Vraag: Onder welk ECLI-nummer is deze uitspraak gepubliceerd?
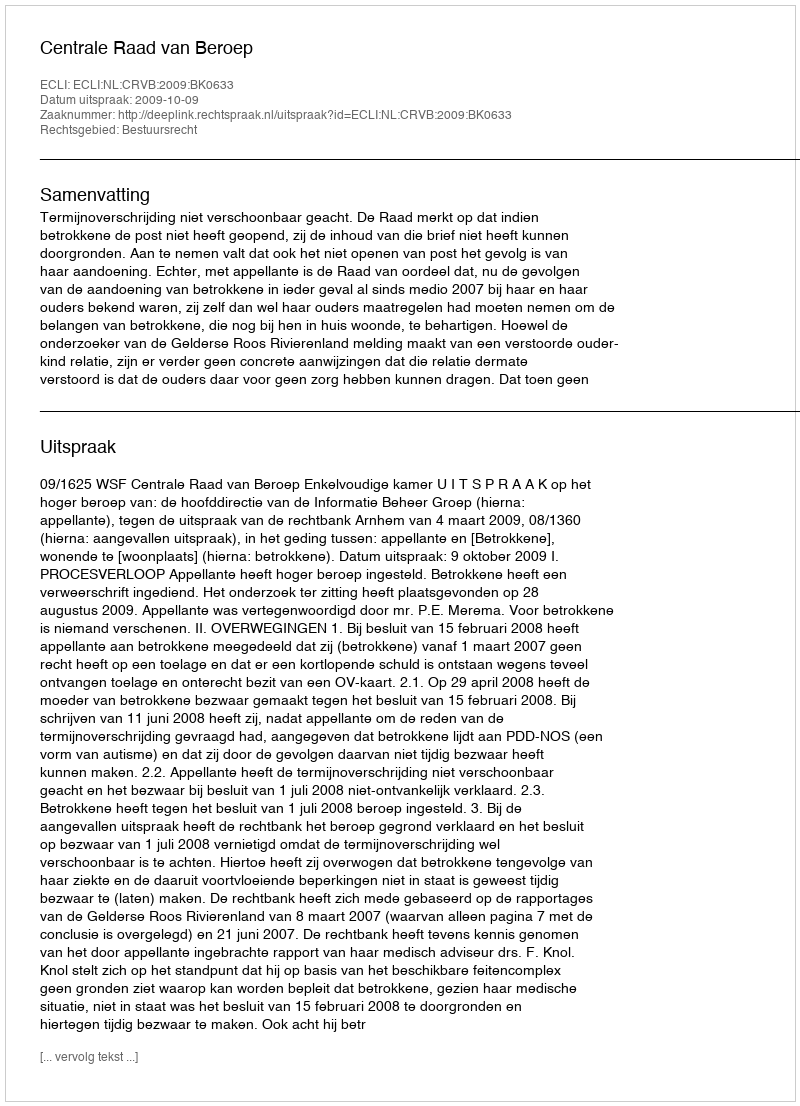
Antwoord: ECLI:NL:CRVB:2009:BK0633